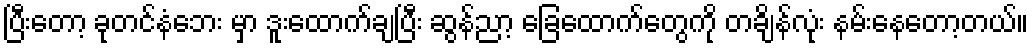
ပြီးတော့ ခုတင်နံဘေး မှာ ဒူးထောက်ချပြီး ဆွန်ညာ့ ခြေထောက်တွေကို တချိန်လုံး နမ်းနေတော့တယ်။